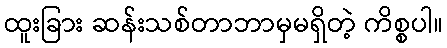
ထူးခြား ဆန်းသစ်တာဘာမှမရှိတဲ့ ကိစ္စပါ။